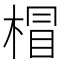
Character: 𣔺